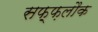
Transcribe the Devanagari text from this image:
सफ़्फ़लौक